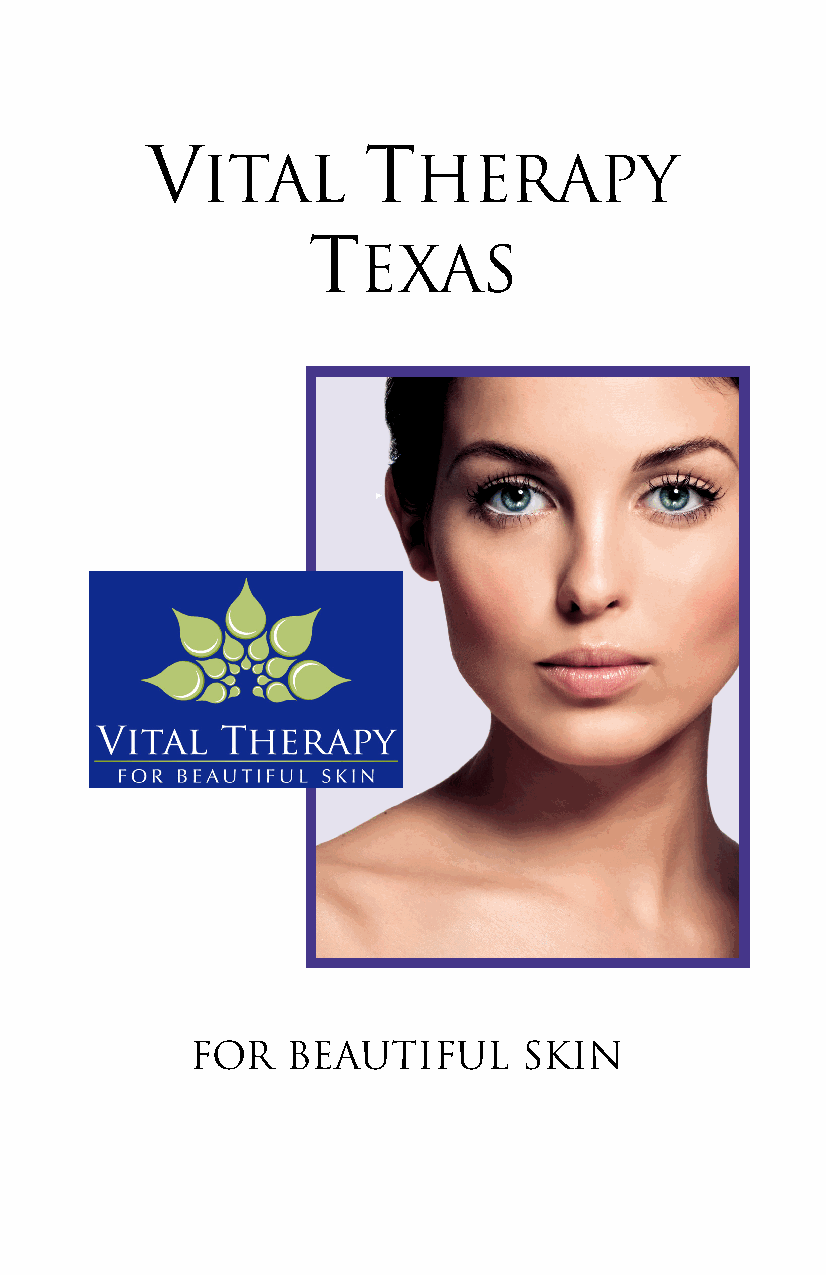
V             T
 ITAL          HERAPY
 T
 EXAS
 FOR   BEAUTIFUL      SKIN